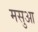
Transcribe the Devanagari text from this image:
मसुआ